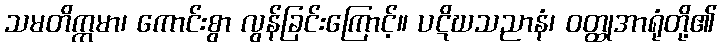
သမတိက္ကမာ၊ ကောင်းစွာ လွန်ခြင်းကြောင့်။ ပဋိဃသညာနံ၊ ဝတ္ထုအာရုံတို့၏